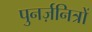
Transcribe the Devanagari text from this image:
पुनर्ज़नित्रों